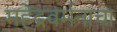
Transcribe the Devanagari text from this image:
महेंद्रवर्मनाचा